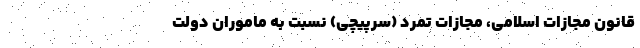
قانون مجازات اسلامی، مجازات تَمَّرُد (سرپیچی) نسبت به ماموران دولت